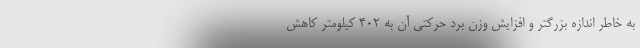
به خاطر اندازه بزرگتر و افزایش وزن برد حرکتی آن به 402 کیلومتر کاهش